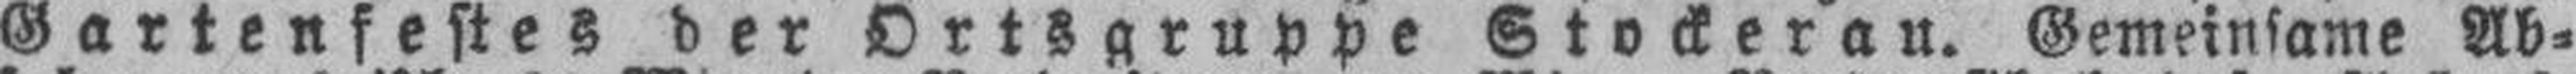
Gartenfestes der Ortsgruppe Stockerau. Gemeinsame Ab¬